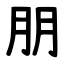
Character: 朋